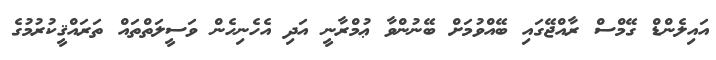
އައިލެންޑް ގޭމްސް ރާއްޖޭގައި ބޭއްވުމަށް ބޭނުންވާ ޢުމްރާނީ އަދި އެހެނިހެން ވަސީލަތްތައް ތަރައްޤީކުރުމުގެ